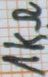
Text: 1kΩ